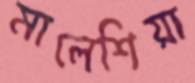
মালেশিয়া